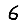
Digit: 6